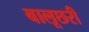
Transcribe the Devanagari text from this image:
बालूछरी